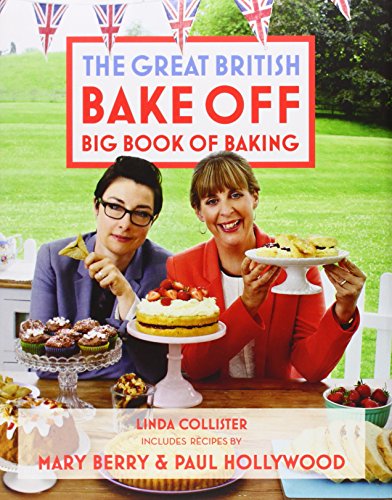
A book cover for The Great British Bake Off Big Book of Baking; Linda Collister; Cookbooks, Food & Wine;